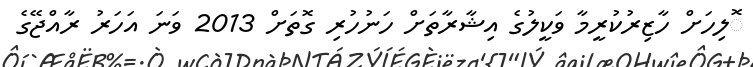
ޮލިހަށް ހާޒިރުކުރީމާ ވަކީލުގެ އިޝާރާތަށް ހަނުހުރި ގޮތަށް 2013 ވަނަ އަހަރު ރާއްޖޭގެ